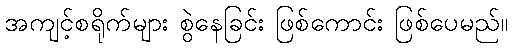
အကျင့်စရိုက်များ စွဲနေခြင်း ဖြစ်ကောင်း ဖြစ်ပေမည်။